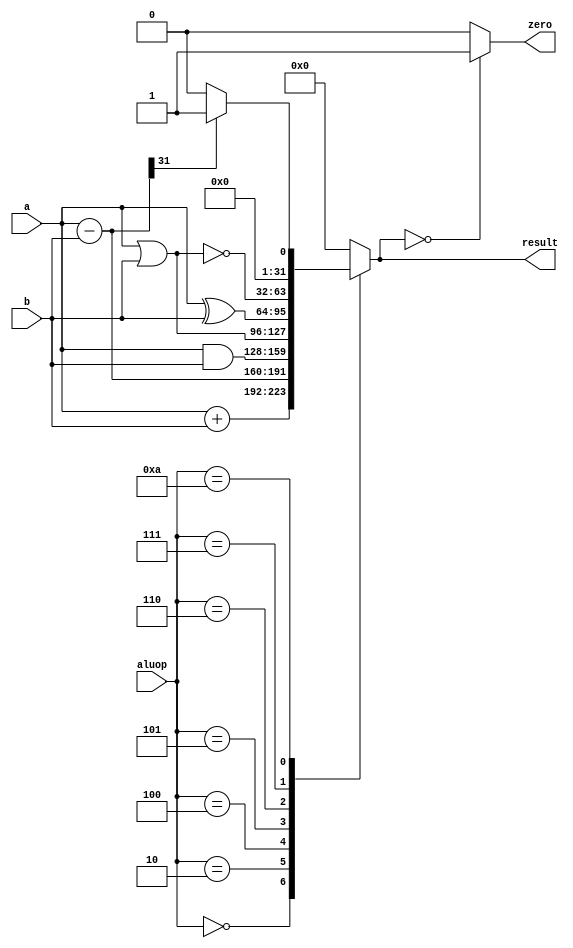
module ALU( input [31:0] a,
            input [31:0] b,
            input [3:0] aluop,
            output zero,
            output reg [31:0] result);
            
            wire [31:0] sub = a-b;

            always @ (*) begin
                 case (aluop)
                    4'b0000 : result = a + b;
                    4'b0010 : result = a - b;
                    4'b0100 : result = a & b;
                    4'b0101 : result = a | b;
                    4'b0110 : result = a ^ b;
                    4'b0111 : result = ~(a | b);
                    4'b1010 : result = ( sub[31] == 1) ? 32'b1 : 32'b0;
                    default : result = 32'b0;
                 endcase
            end
                    
            assign zero = (result == 32'b0)? 1:0;
            

endmodule